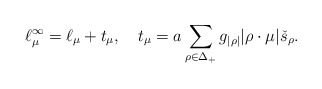
\begin{align*}\ell^\infty_\mu=\ell_\mu +t_\mu,\quad t_\mu=a\sum_{\rho\in\Delta_+}g_{|\rho|}|\rho\cdot\mu| \check{s}_{\rho}.\end{align*}